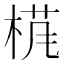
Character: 𱣩